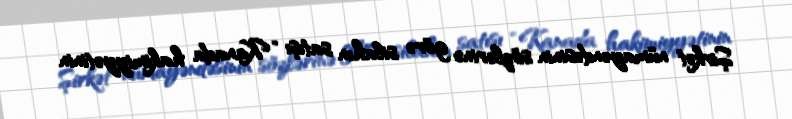
Şirkət nümayəndəsinin sözlərinə görə silahın satışı “Kanada hakimiyyətinin